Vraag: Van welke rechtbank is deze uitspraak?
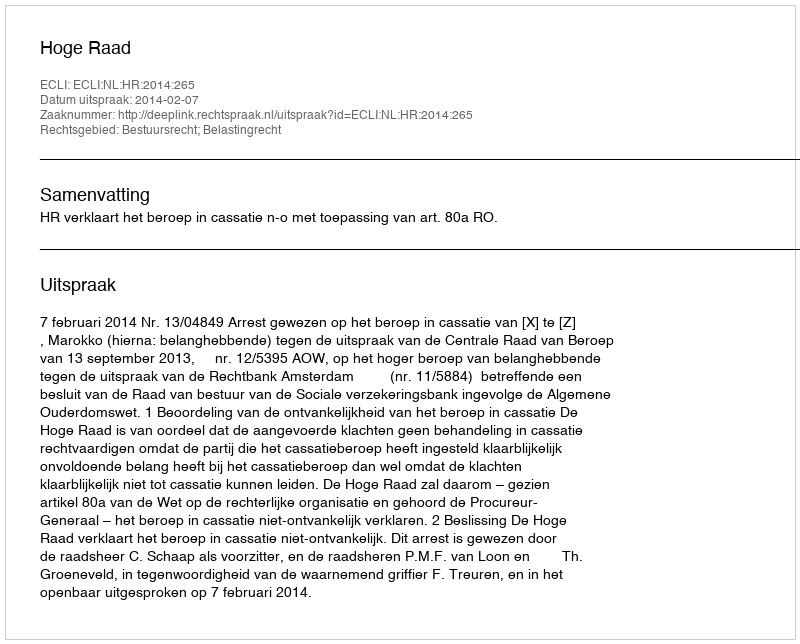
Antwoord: Hoge Raad